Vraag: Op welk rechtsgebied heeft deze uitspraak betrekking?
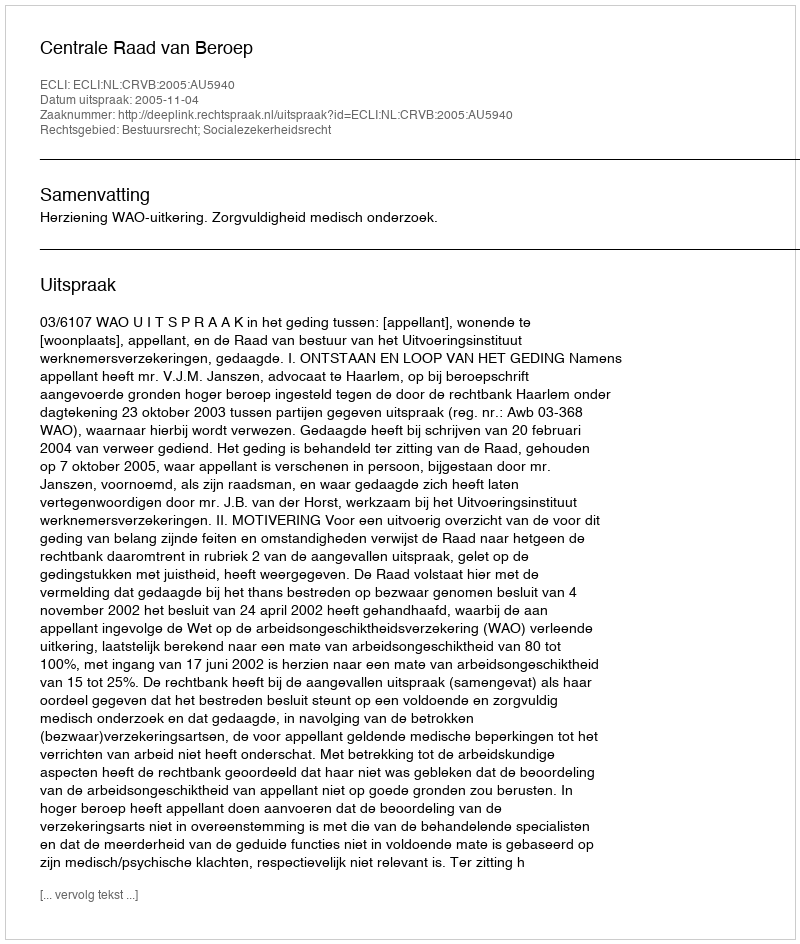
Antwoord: Bestuursrecht; Socialezekerheidsrecht